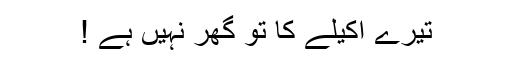
تیرے اکیلے کا تو گھر نہیں ہے !